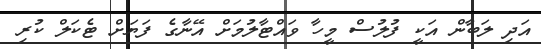
އަދި ލަބާން އަކީ ފުލުސް މީހާ ވައްޓާލުމަށް އޭނާގެ ފަޔަށް ޓެކަލް ކުރި